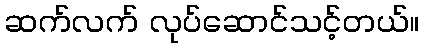
ဆက်လက် လုပ်ဆောင်သင့်တယ်။